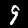
Digit: 9